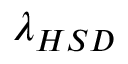
\lambda _ { H S D }